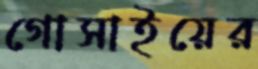
গোসাইয়ের